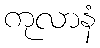
ကုလာနံ